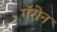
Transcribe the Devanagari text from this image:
गॅरोन